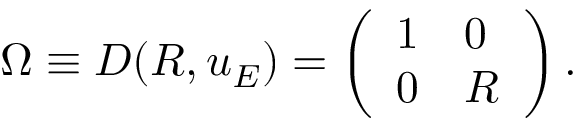
\Omega \equiv D ( R , u _ { E } ) = \left( \begin{array} { l l } { { 1 } } & { { 0 } } \\ { { 0 } } & { { R } } \end{array} \right) .